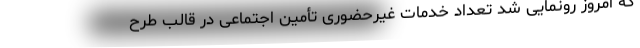
که امروز رونمایی شد تعداد خدمات غیرحضوری تأمین اجتماعی در قالب طرح